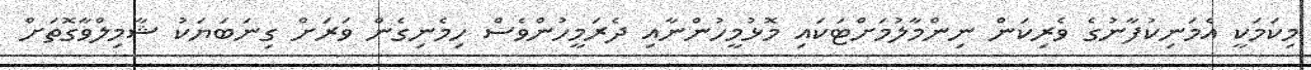
މިކަމަކީ އެމަނިކުފާނުގެ ވެރިކަން ނިންމާލުމަށްޓަކައި މޮޅުމީހުންނާއި ދެރަމީހުންވެސް ހިމެނިގެން ވަރަށް ގިނަބަޔަކު ޝާމިލްވާގޮތަށް